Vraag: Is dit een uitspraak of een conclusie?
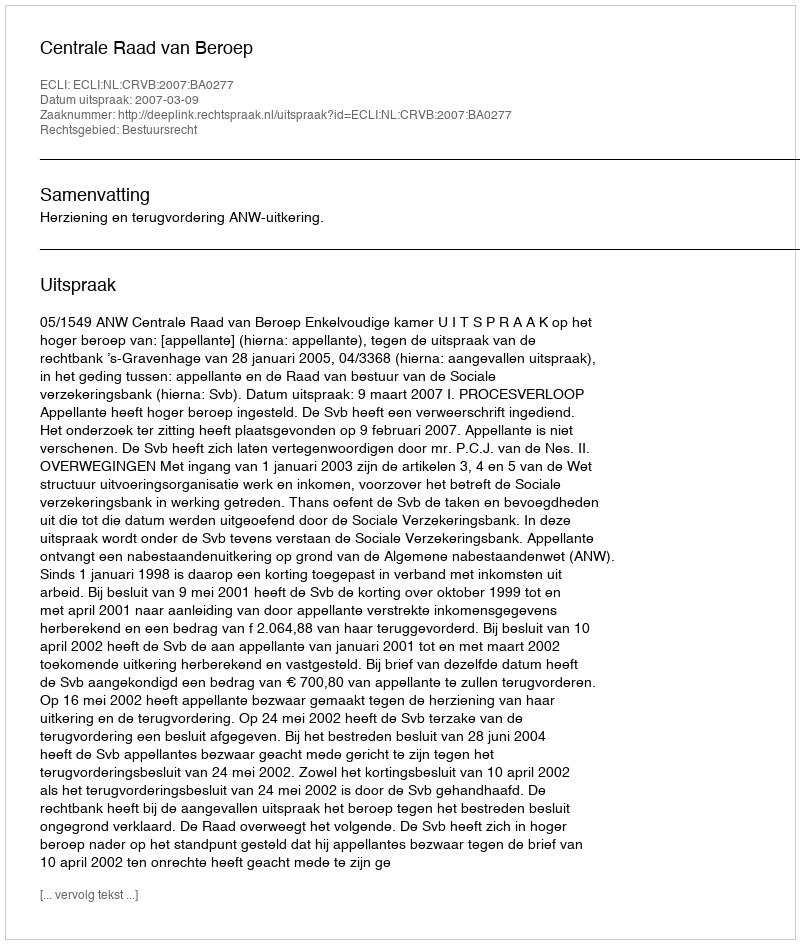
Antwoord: Uitspraak